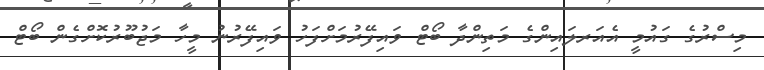
މިސްރުގެ ގައުމީ އެއަރލައިންގެ މަތިންދާ ބޯޓް ވައިފޭރުމަށްފަހު ވައިފޭރުނު މީހާ މަޖުބޫރުކޮށްގެން ބޯޓް